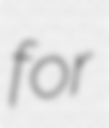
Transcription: for